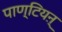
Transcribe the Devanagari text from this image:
पाण्टियऩ्